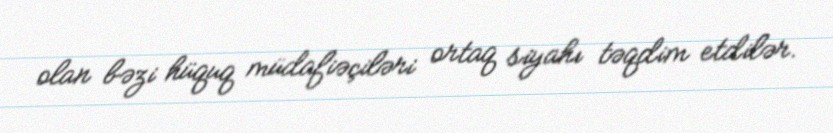
olan bəzi hüquq müdafiəçiləri ortaq siyahı təqdim etdilər.